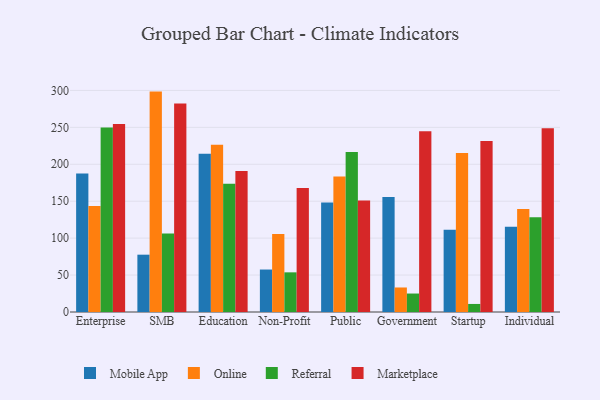
{"axis": {"x": "Segment", "y": "Backlog"}, "legend": ["Marketplace", "Mobile App", "Online", "Referral"], "data": [{"x": "Enterprise", "y": 187.6, "type": "Mobile App"}, {"x": "Enterprise", "y": 143.6, "type": "Online"}, {"x": "Enterprise", "y": 249.9, "type": "Referral"}, {"x": "Enterprise", "y": 254.5, "type": "Marketplace"}, {"x": "SMB", "y": 77.6, "type": "Mobile App"}, {"x": "SMB", "y": 298.4, "type": "Online"}, {"x": "SMB", "y": 106.3, "type": "Referral"}, {"x": "SMB", "y": 282.2, "type": "Marketplace"}, {"x": "Education", "y": 214.4, "type": "Mobile App"}, {"x": "Education", "y": 226.5, "type": "Online"}, {"x": "Education", "y": 173.6, "type": "Referral"}, {"x": "Education", "y": 190.8, "type": "Marketplace"}, {"x": "Non-Profit", "y": 57.5, "type": "Mobile App"}, {"x": "Non-Profit", "y": 105.6, "type": "Online"}, {"x": "Non-Profit", "y": 53.7, "type": "Referral"}, {"x": "Non-Profit", "y": 168.0, "type": "Marketplace"}, {"x": "Public", "y": 148.3, "type": "Mobile App"}, {"x": "Public", "y": 183.6, "type": "Online"}, {"x": "Public", "y": 216.5, "type": "Referral"}, {"x": "Public", "y": 150.9, "type": "Marketplace"}, {"x": "Government", "y": 155.7, "type": "Mobile App"}, {"x": "Government", "y": 33.2, "type": "Online"}, {"x": "Government", "y": 25.0, "type": "Referral"}, {"x": "Government", "y": 244.6, "type": "Marketplace"}, {"x": "Startup", "y": 111.3, "type": "Mobile App"}, {"x": "Startup", "y": 215.2, "type": "Online"}, {"x": "Startup", "y": 10.9, "type": "Referral"}, {"x": "Startup", "y": 231.6, "type": "Marketplace"}, {"x": "Individual", "y": 115.5, "type": "Mobile App"}, {"x": "Individual", "y": 139.3, "type": "Online"}, {"x": "Individual", "y": 128.4, "type": "Referral"}, {"x": "Individual", "y": 248.9, "type": "Marketplace"}]}